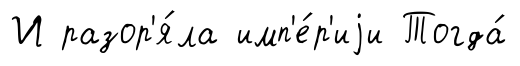
И разор'я́ла имп'е́р'иjи Тогда́